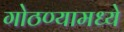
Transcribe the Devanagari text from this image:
गोठण्यामध्ये